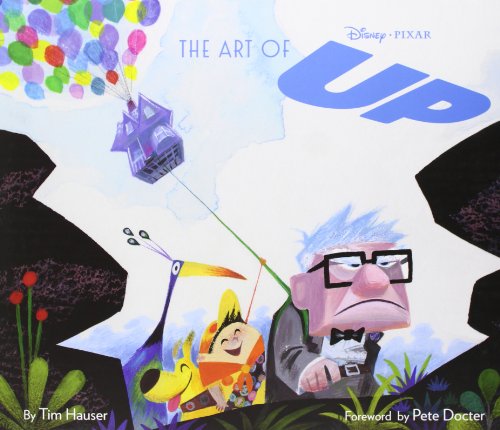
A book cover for The Art of Up; Tim Hauser; Arts & Photography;